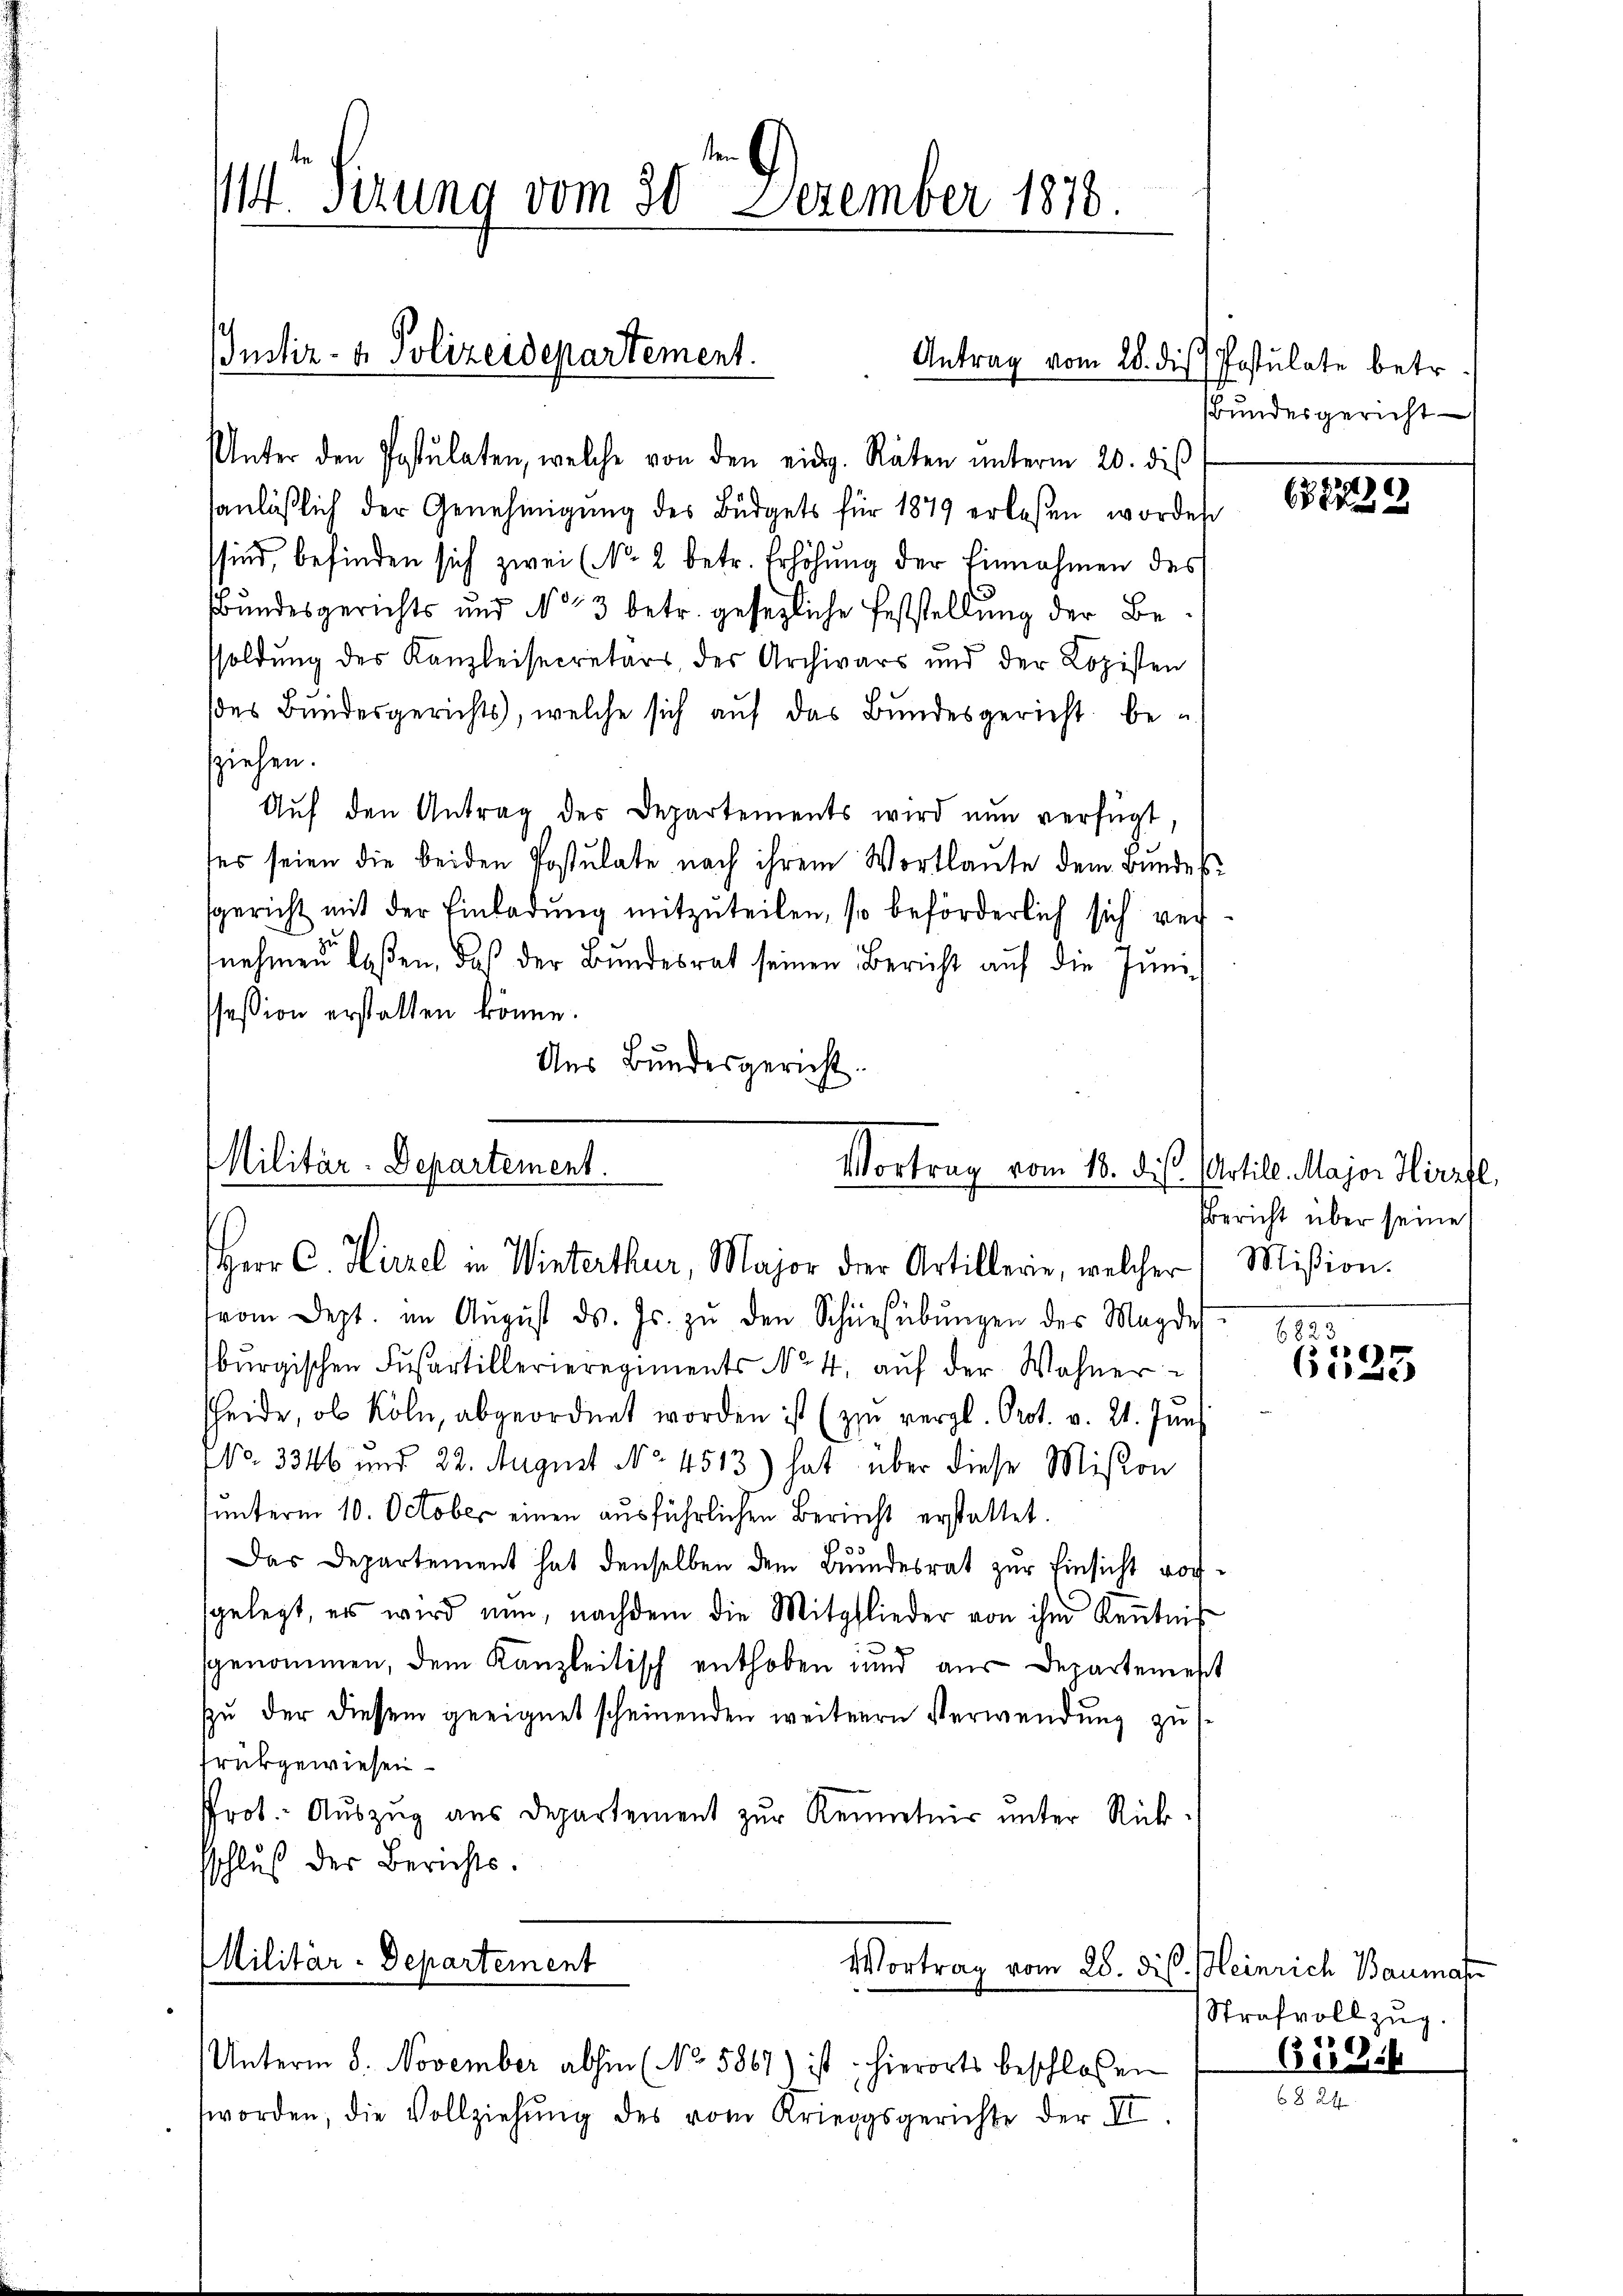
114 Sirung vom 30. Dezember 1878.

Justiz- & Polizeidepartement.

Unter den Postulaten, welche von den eidg. Räten ŭnterm 20. diβ
anläßlich der Genehmigŭng des Büdgets für 1879 erlesen worden
sind, befinden sich zwei (NNo. 2 betr. Erhöhŭng der Einnahmen des
Bundesgerichts und No 3 betr. gesezliche Feststellung der Besoldung des Kanzleisecretärs des Archivars und der Kopisten
des Bundesgerichts, welche sich auf das Bundesgericht beu
sziehen.
Aŭf den Antrag des Departements wird nun verfügt
des seien die beiden Postulate nach ihrem Wortlaute dem Bundessgericht mit der Einladung mitzuteilen, so beförderlich sich vernehmen laßen, daß der Bundesrat seinen Bericht auf die Junisession erstatten könne.
Ans Bundesgericht.

Militär-Departement.
Vortrag vom 18. dieß.
Herr C. Hirzel in Winterthur, Major der Artillerie, welcher Mißion.

vom Sept. im Aŭgŭst ds. Js. zŭ den Schüesübŭngen des Magde
bŭrgischen Fusartillerieregiments No. 4. aŭf der Wohner
sheide, ob Köln, abgeordnet worden ist (zu vergl. Prot. v. 21. Juni
NNo. 3346 und 22. August No. 4513) hat über diese Mison
unterm 10. October einen ausführlichen Bericht erstattet.
Das Departement hat denselben dem Bundesrat zur Einsicht vorsgelegt, es wird nun, nachdem die Mitglieder von ihm Kenntnis
genommen, dem Kanzleitisch enthoben und aus Departemest
zu der diesem geeignet scheinenden weiteren Verwendung zu s
srückgewiesen
Prot. Auszug aus Departement zur Rennetnir unter Rücksschluß der Berichts.

Militär-Departement
Vortrag vom 28. Di
Unterm 8. November abhin (No 5867) ist hierorts beschloßen

worden, die Vollziehŭng des vom Kriegsgerichte der II.

Antrag vom 28. die Postulate betr.

Bundesgericht

68729

Artill. Major Hirzfl,
Bericht über seine

Be
8
6523

Heinrich Baumat
Strafvollzug.
648